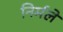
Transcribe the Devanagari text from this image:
निर्मले